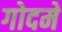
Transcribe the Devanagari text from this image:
गोदमें